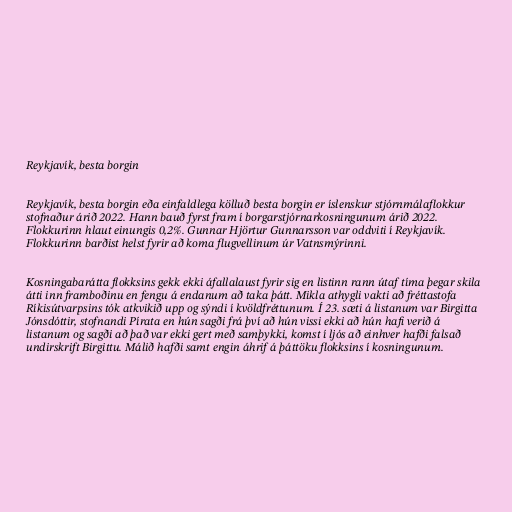
Reykjavík, besta borgin

Reykjavík, besta borgin eða einfaldlega kölluð besta borgin er íslenskur stjórnmálaflokkur
stofnaður árið 2022. Hann bauð fyrst fram í borgarstjórnarkosningunum árið 2022.
Flokkurinn hlaut einungis 0,2%. Gunnar Hjörtur Gunnarsson var oddviti í Reykjavík.
Flokkurinn barðist helst fyrir að koma flugvellinum úr Vatnsmýrinni.

Kosningabarátta flokksins gekk ekki áfallalaust fyrir sig en listinn rann útaf tíma þegar skila
átti inn framboðinu en fengu á endanum að taka þátt. Mikla athygli vakti að fréttastofa
Ríkisútvarpsins tók atkvikið upp og sýndi í kvöldfréttunum. Í 23. sæti á listanum var Birgitta
Jónsdóttir, stofnandi Pírata en hún sagði frá því að hún vissi ekki að hún hafi verið á
listanum og sagði að það var ekki gert með samþykki, komst í ljós að einhver hafði falsað
undirskrift Birgittu. Málið hafði samt engin áhrif á þáttöku flokksins í kosningunum.